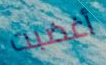
أغضبت